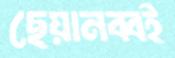
ছেয়ানব্বই